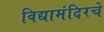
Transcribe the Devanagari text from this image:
विद्यामंदिरचे